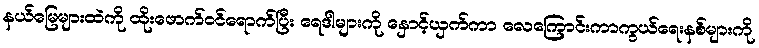
နယ်မြေများထဲကို ထိုးဖောက်ဝင်ရောက်ပြီး ရေဒါများကို နှောင့်ယှက်ကာ လေကြောင်းကာကွယ်ရေးနစ်များကို